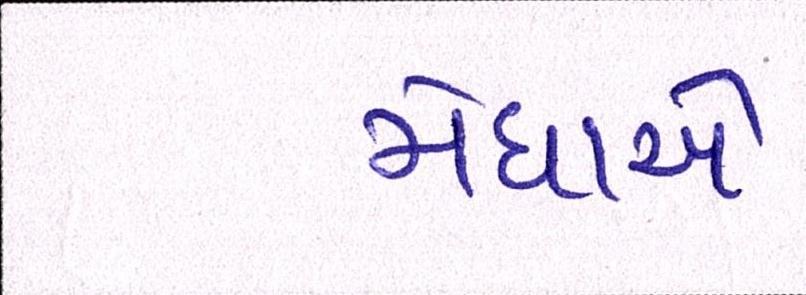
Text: મેઘાએ